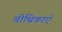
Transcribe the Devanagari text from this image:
वीथिकाएँ